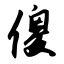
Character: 傻